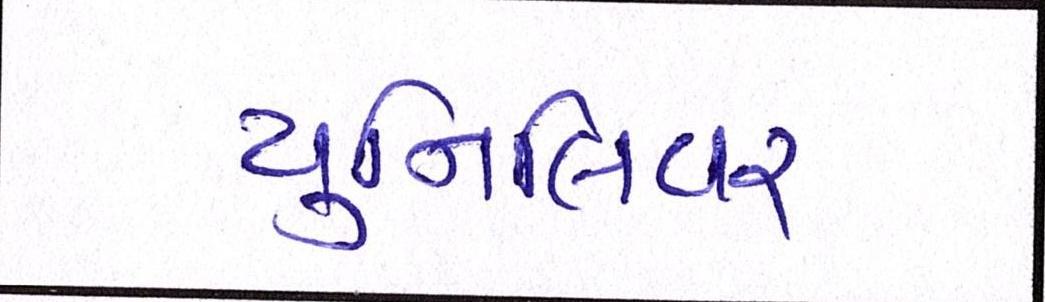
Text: યુનિલિવર